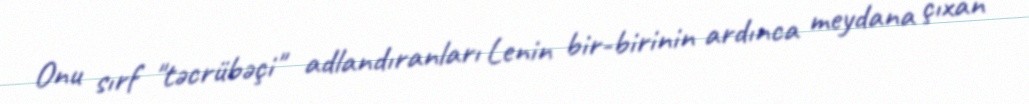
Onu sırf "təcrübəçi" adlandıranları Lenin bir-birinin ardınca meydana çıxan